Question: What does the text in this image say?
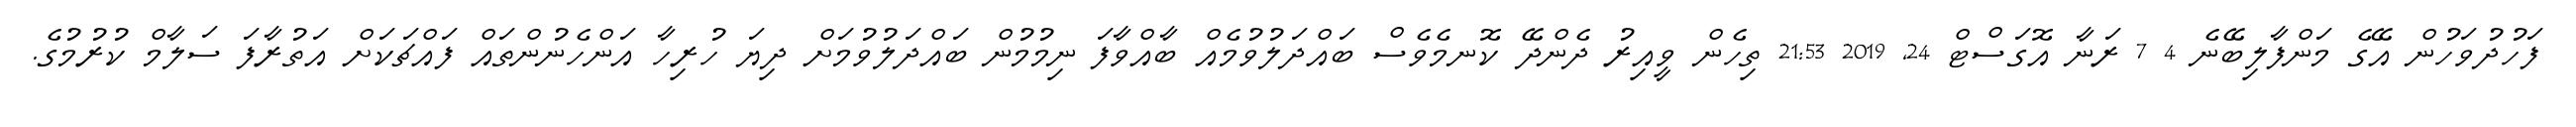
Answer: ފަހުދުވަހުން އޭގެ މަންފާލިބޭނެ 4 7 ރަނާ އޮގަސްޓް 24, 2019 21:53 ތިހެން ވީއިރު ދެންދޭ ކޮނމެވެސް ބައްދަލުވުމެއް ބާއްވާފަ ނިމުމުން ބައްދަލުވުމަށް ދިޔަ ހުރިހާ އަންހެނުންތައް ފައްޗަކަށް އަތުރާފަ ސަލާމް ކުރުމުގެ.